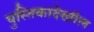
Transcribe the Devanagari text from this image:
पुस्तिकादेखील